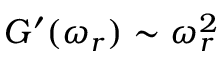
G ^ { \prime } ( \omega _ { r } ) \sim \omega _ { r } ^ { 2 }